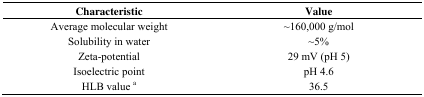
<table><thead><tr><td><b>Characteristic</b></td><td><b>Value</b></td></tr></thead><tbody><tr><td>Average molecular weight</td><td>~160,000 g/mol</td></tr><tr><td>Solubility in water</td><td>~5%</td></tr><tr><td>Zeta-potential</td><td>29 mV (pH 5)</td></tr><tr><td>Isoelectric point</td><td>pH 4.6</td></tr><tr><td>HLB value <sup>a</sup></td><td>36.5</td></tr></tbody></table>